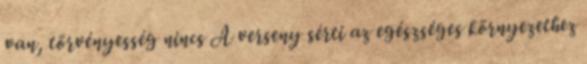
van, törvényesség nincs A verseny sérti az egészséges környezethez